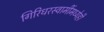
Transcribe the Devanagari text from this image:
गिरिधरस्वामींमध्येही